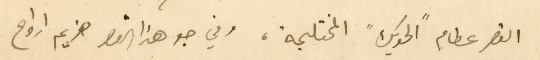
القصر عظام "الحويك" المختلجة، وفي جو هذا القصر هزيم ارواح